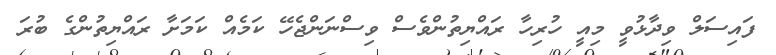
ފައިސަލް ވިދާޅުވީ މިއީ ހުރިހާ ރައްޔިތުންވެސް ވިސްނަންޖެހޭ ކަމެއް ކަމަށާ ރައްޔިތުންގެ ބުރަ